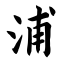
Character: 浦